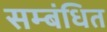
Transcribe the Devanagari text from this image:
सम्‍बंधित